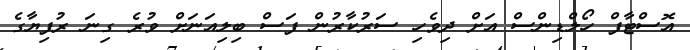
އޮސްޓާފް ހޯލްޑިންސް އަށް ދިވެހި ސަރުކާރުން ފަސް ބިލިއަނަށް ވުރެ ގިނަ ރުފިޔާގެ